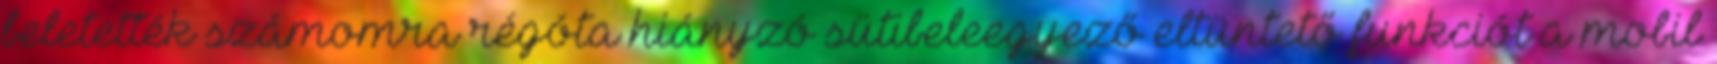
beletették számomra régóta hiányzó sütibeleegyező eltüntető funkciót a mobil